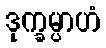
ဒုက္ခမ္ပာဟံ